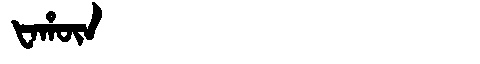
Manchu: ᡶᠠᡥᡡᠨ
Romanization: FAHŪN